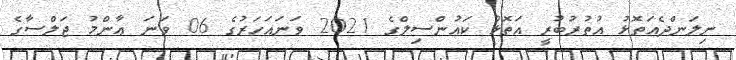
ނިލަންދެއަތޮޅު އުތުރުބުރީ އަތޮޅު ކައުންސިލްގެ 2021 ވަނައަހަރުގެ 06 ވަނަ ޢާންމު ޖަލްސާގެ